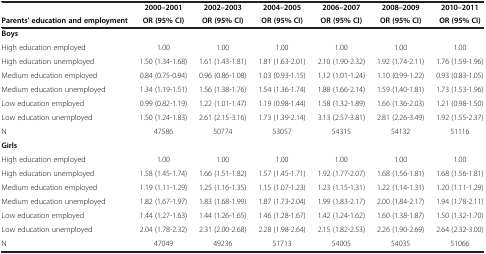
<table><thead><tr><td><b> </b></td><td><b>2000–2001</b></td><td><b>2002–2003</b></td><td><b>2004–2005</b></td><td><b>2006–2007</b></td><td><b>2008–2009</b></td><td><b>2010–2011</b></td></tr><tr><td><b>Parents’ education and employment</b></td><td><b>OR (95% CI)</b></td><td><b>OR (95% CI)</b></td><td><b>OR (95% CI)</b></td><td><b>OR (95% CI)</b></td><td><b>OR (95% CI)</b></td><td><b>OR (95% CI)</b></td></tr></thead><tbody><tr><td><b>Boys</b></td><td> </td><td> </td><td> </td><td> </td><td> </td><td> </td></tr><tr><td>High education employed</td><td>1.00</td><td>1.00</td><td>1.00</td><td>1.00</td><td>1.00</td><td>1.00</td></tr><tr><td>High education unemployed</td><td>1.50 (1.34-1.68)</td><td>1.61 (1.43-1.81)</td><td>1.81 (1.63-2.01)</td><td>2.10 (1.90-2.32)</td><td>1.92 (1.74-2.11)</td><td>1.76 (1.59-1.96)</td></tr><tr><td>Medium education employed</td><td>0.84 (0.75-0.94)</td><td>0.96 (0.86-1.08)</td><td>1.03 (0.93-1.15)</td><td>1.12 (1.01-1.24)</td><td>1.10 (0.99-1.22)</td><td>0.93 (0.83-1.05)</td></tr><tr><td>Medium education unemployed</td><td>1.34 (1.19-1.51)</td><td>1.56 (1.38-1.76)</td><td>1.54 (1.36-1.74)</td><td>1.88 (1.66-2.14)</td><td>1.59 (1.40-1.81)</td><td>1.73 (1.53-1.96)</td></tr><tr><td>Low education employed</td><td>0.99 (0.82-1.19)</td><td>1.22 (1.01-1.47)</td><td>1.19 (0.98-1.44)</td><td>1.58 (1.32-1.89)</td><td>1.66 (1.36-2.03)</td><td>1.21 (0.98-1.50)</td></tr><tr><td>Low education unemployed</td><td>1.50 (1.24-1.83)</td><td>2.61 (2.15-3.16)</td><td>1.73 (1.39-2.14)</td><td>3.13 (2.57-3.81)</td><td>2.81 (2.26-3.49)</td><td>1.92 (1.55-2.37)</td></tr><tr><td>N</td><td>47586</td><td>50774</td><td>53057</td><td>54315</td><td>54132</td><td>51116</td></tr><tr><td><b>Girls</b></td><td> </td><td> </td><td> </td><td> </td><td> </td><td> </td></tr><tr><td>High education employed</td><td>1.00</td><td>1.00</td><td>1.00</td><td>1.00</td><td>1.00</td><td>1.00</td></tr><tr><td>High education unemployed</td><td>1.58 (1.45-1.74)</td><td>1.66 (1.51-1.82)</td><td>1.57 (1.45-1.71)</td><td>1.92 (1.77-2.07)</td><td>1.68 (1.56-1.81)</td><td>1.68 (1.56-1.81)</td></tr><tr><td>Medium education employed</td><td>1.19 (1.11-1.29)</td><td>1.25 (1.16-1.35)</td><td>1.15 (1.07-1.23)</td><td>1.23 (1.15-1.31)</td><td>1.22 (1.14-1.31)</td><td>1.20 (1.11-1.29)</td></tr><tr><td>Medium education unemployed</td><td>1.82 (1.67-1.97)</td><td>1.83 (1.68-1.99)</td><td>1.87 (1.73-2.04)</td><td>1.99 (1.83-2.17)</td><td>2.00 (1.84-2.17)</td><td>1.94 (1.78-2.11)</td></tr><tr><td>Low education employed</td><td>1.44 (1.27-1.63)</td><td>1.44 (1.26-1.65)</td><td>1.46 (1.28-1.67)</td><td>1.42 (1.24-1.62)</td><td>1.60 (1.38-1.87)</td><td>1.50 (1.32-1.70)</td></tr><tr><td>Low education unemployed</td><td>2.04 (1.78-2.32)</td><td>2.31 (2.00-2.68)</td><td>2.28 (1.98-2.64)</td><td>2.15 (1.82-2.53)</td><td>2.26 (1.90-2.69)</td><td>2.64 (2.32-3.00)</td></tr><tr><td>N</td><td>47049</td><td>49236</td><td>51713</td><td>54005</td><td>54035</td><td>51066</td></tr></tbody></table>